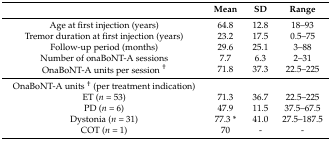
|  | Mean | SD | Range |
 | --- | --- | --- | --- |
 | Age at first injection (years) | 64.8 | 12.8 | 18–93 |
 | Tremor duration at first injection (years) | 23.2 | 17.5 | 0.5–75 |
 | Follow-up period (months) | 29.6 | 25.1 | 3–88 |
 | Number of onaBoNT-A sessions | 7.7 | 6.3 | 2–31 |
 | OnaBoNT-A units per session † | 71.8 | 37.3 | 22.5–225 |
 | OnaBoNT-A units † (per treatment indication) |  |  |  |
 | ET (n = 53) | 71.3 | 36.7 | 22.5–225 |
 | PD (n = 6) | 47.9 | 11.5 | 37.5–67.5 |
 | Dystonia (n = 31) | 77.3 * | 41.0 | 27.5–187.5 |
 | COT (n = 1) | 70 | - | - |